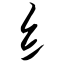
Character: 纟